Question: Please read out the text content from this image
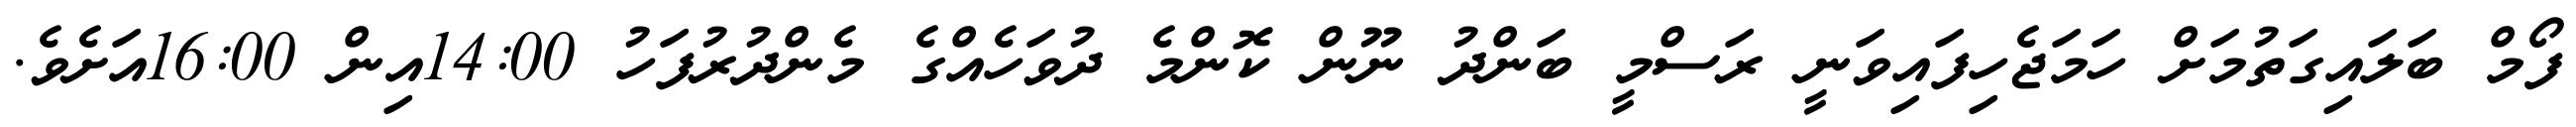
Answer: ފޯމް ބަލައިގަތުމަށް ހަމަޖެހިފައިވަނީ ރަސްމީ ބަންދު ނޫން ކޮންމެ ދުވަހެއްގެ މެންދުރުފަހު 14:00އިން 16:00އަށެވެ.